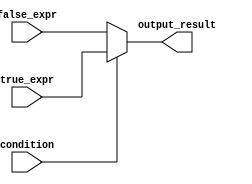
module conditional_operator (
    input wire condition,
    input wire [3:0] true_expr,
    input wire [3:0] false_expr,
    output reg [3:0] output_result
);

always @ (condition)
begin
    output_result = (condition) ? true_expr : false_expr;
end

endmodule